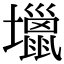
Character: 𡓍